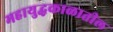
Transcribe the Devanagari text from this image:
महायुद्धकाळातील